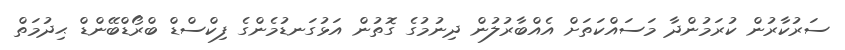
ސަރުކާރުން ކުރަމުންދާ މަސައްކަތަށް އެއްބާރުލުން ދިނުމުގެ ގޮތުން އަޅުގަނޑުމެންގެ ފިކްސްޑް ބްރޯޑްބޭންޑް ޙިދުމަތް